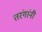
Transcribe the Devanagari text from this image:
तरंगांनी